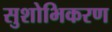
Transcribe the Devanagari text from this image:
सुशोभिकरण